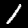
Digit: 1